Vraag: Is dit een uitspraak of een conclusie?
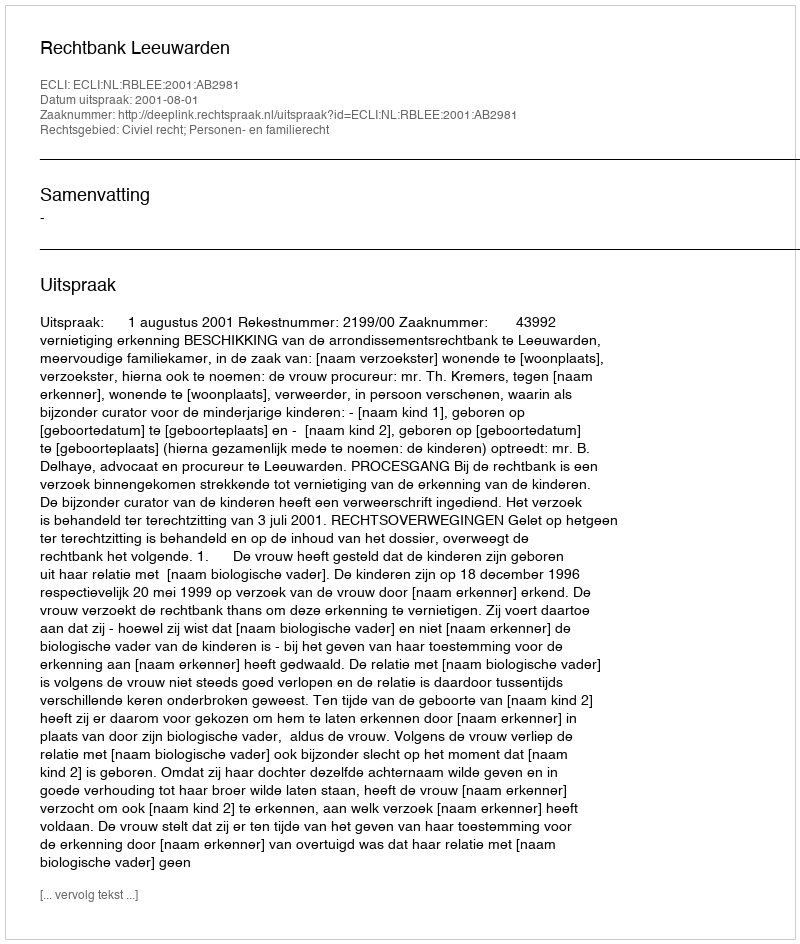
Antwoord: Uitspraak